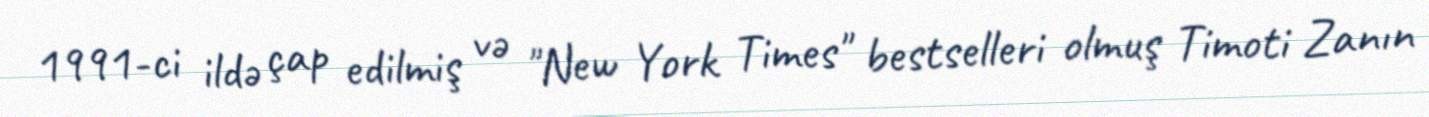
1991-ci ildə çap edilmiş və "New York Times" bestselleri olmuş Timoti Zanın